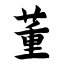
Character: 董